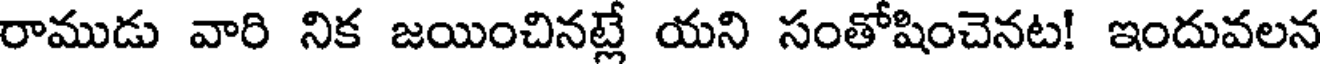
రాముడు వారి నిక జయించినట్లే యని సంతోషించెనట! ఇందువలన